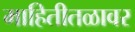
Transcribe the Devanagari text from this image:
माहितीतळावर